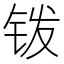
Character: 䥽